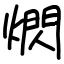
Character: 熌